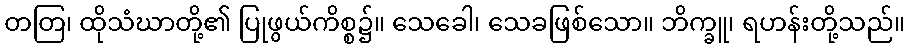
တတြ၊ ထိုသံဃာတို့၏ ပြုဖွယ်ကိစ္စ၌။ သေခေါ၊ သေခဖြစ်သော။ ဘိက္ခူ၊ ရဟန်းတို့သည်။